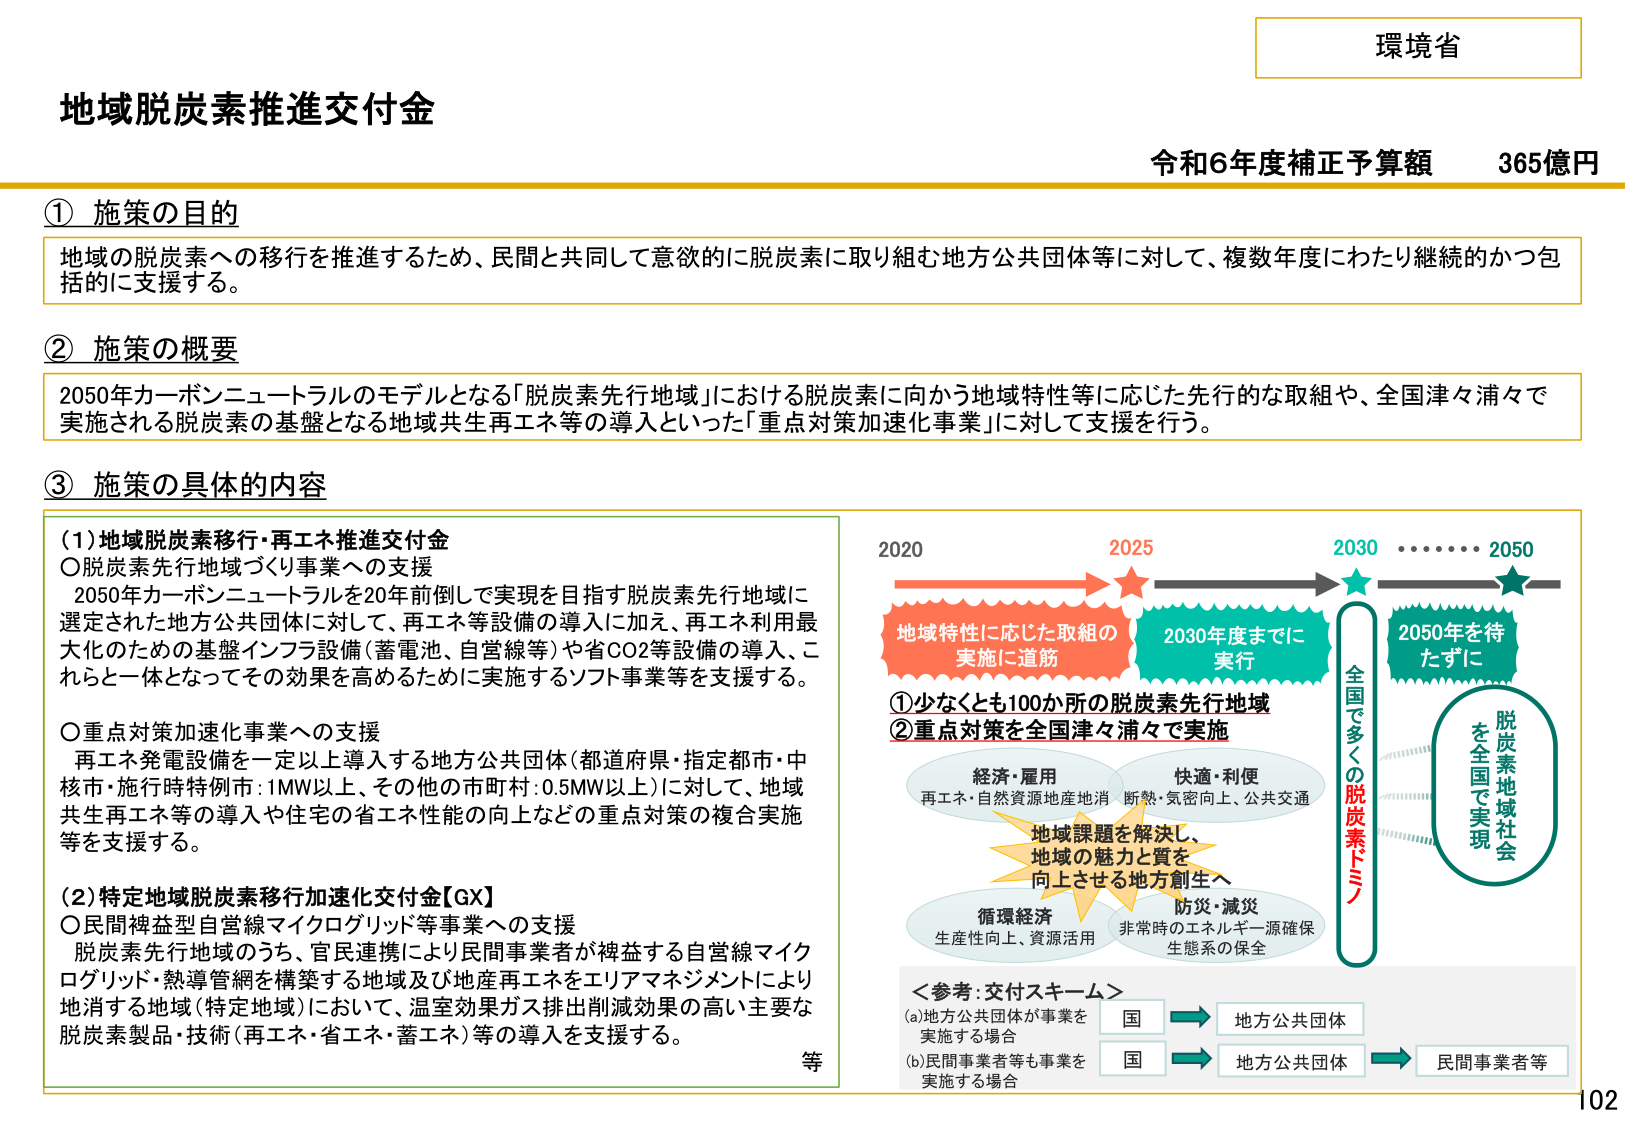
環境省

地域脱炭素推進交付金

令和6年度補正予算額　365億円

① 施策の目的
地域の脱炭素への移行を推進するため、民間と共同して意欲的に脱炭素に取り組む地方公共団体等に対して、複数年度にわたり継続的かつ包括的に支援する。

② 施策の概要
2050年カーボンニュートラルのモデルとなる「脱炭素先行地域」における脱炭素に向かう地域特性等に応じた先行的な取組や、全国津々浦々で実施される脱炭素の基盤となる地域共生再エネ等の導入といった「重点対策加速化事業」に対して支援を行う。

③ 施策の具体的な内容

（1）地域脱炭素移行・再エネ推進交付金
〇脱炭素先行地域づくり事業への支援
　2050年カーボンニュートラルを20年前倒しで実現を目指す脱炭素先行地域に選定された地方公共団体に対して、再エネ等設備の導入に加え、再エネ利用最大化のための基盤インフラ設備（蓄電池、自営線等）や省CO2等設備の導入、これらと一体となってその効果を高めるために実施するソフト事業等を支援する。

〇重点対策加速化事業への支援
　再エネ発電設備を一定以上導入する地方公共団体（都道府県・指定都市・中核市・施行時特例市：1MW以上、その他の市町村：0.5MW以上）に対して、地域共生再エネ等の導入や住宅の省エネ性能の向上などの重点対策の複合実施等を支援する。

（2）特定地域脱炭素移行加速化交付金【GX】
〇民間裨益型自営線マイクログリッド等事業への支援
　脱炭素先行地域のうち、官民連携により民間事業者が裨益する自営線マイクログリッド・熱導管網を構築する地域及び地産再エネをエリアマネジメントにより地消する地域（特定地域）において、温室効果ガス排出削減効果の高い主要な脱炭素製品・技術（再エネ・省エネ・蓄エネ）等の導入を支援する。

等

2020　　　　　　　2025　　　　　　　2030　　　　　　2050
　　　　　　　　　　★　　　　　　　　★　　　　　　　　★
地域特性に応じた取組の　　　　　　　2030年度までに　　　2050年を待
実施に道筋　　　　　　　　　　　　　実行　　　　　　　　たずに
①少なくとも100か所の脱炭素先行地域
②重点対策を全国津々浦々で実施

経済・雇用　　　　　　　快適・利便
再エネ・自然資源地産地消　断熱・気密向上、公共交通

地域課題を解決し、
地域の魅力と質を
向上させる地方創生へ

循環経済　　　　　　　　防災・減災
生産性向上、資源活用　　非常時のエネルギー源確保
　　　　　　　　　　　　生態系の保全

全国で多くの脱炭素ドミノ

脱炭素地域社会
を全国で実現

＜参考：交付スキーム＞
(a)地方公共団体が事業を　　　国　　　　　→　地方公共団体
　実施する場合
(b)民間事業者等も事業を　　　国　　　　　→　地方公共団体　→　民間事業者等
　実施する場合

102